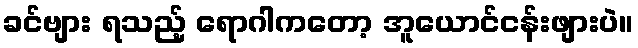
ခင်ဗျား ရသည့် ရောဂါကတော့ အူယောင်ငန်းဖျားပဲ။